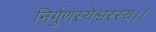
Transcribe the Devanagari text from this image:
निर्गुणस्येश्वरस्य।।